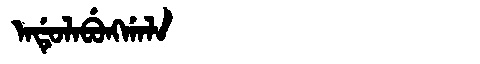
Manchu: ᠠᡩᡠᠯᠠᠪᡠᠩᡤᠠᠯᠠ
Romanization: ADULABUNGGALA